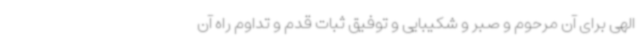
الهی برای آن مرحوم و صبر و شکیبایی و توفیق ثبات قدم و تداوم راه آن